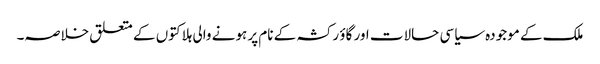
ملک کے موجودہ سیاسی حالات اور گاؤ رکشہ کے نام پر ہونے والی ہلاکتوں کے متعلق خلاصہ۔